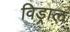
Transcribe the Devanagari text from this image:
विड्राल